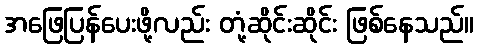
အဖြေပြန်ပေးဖို့လည်း တုံ့ဆိုင်းဆိုင်း ဖြစ်နေသည်။